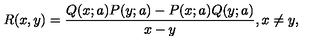
R ( x , y ) = { \frac { Q ( x ; a ) P ( y ; a ) - P ( x ; a ) Q ( y ; a ) } { x - y } } , x \neq y ,